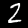
Digit: 2